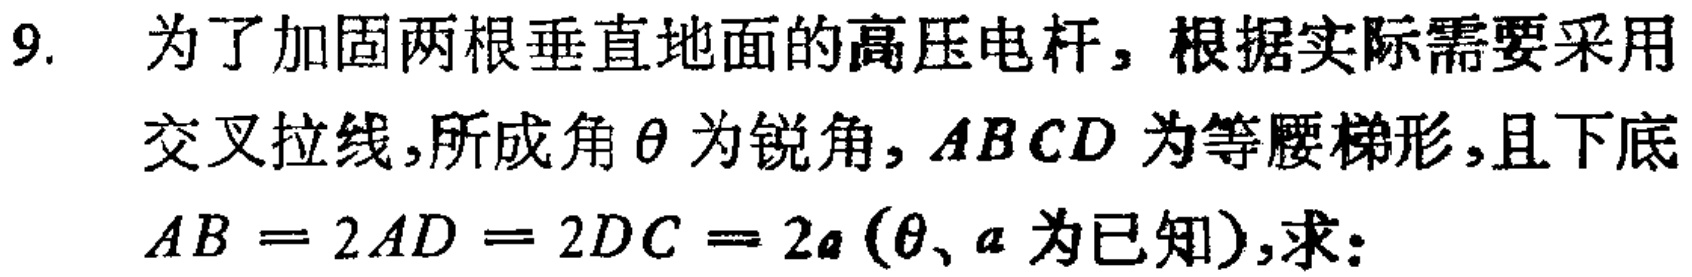
9. 为了加固两根垂直地面的高压电杆，根据实际需要采用
交叉拉线，所成角$\theta$为锐角，$ABCD$为等腰梯形，且下底
$AB = 2AD = 2DC = 2a(\theta、a$为已知)，求：